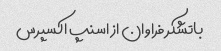
باتشکر فراوان از اسنپ اکسپرس